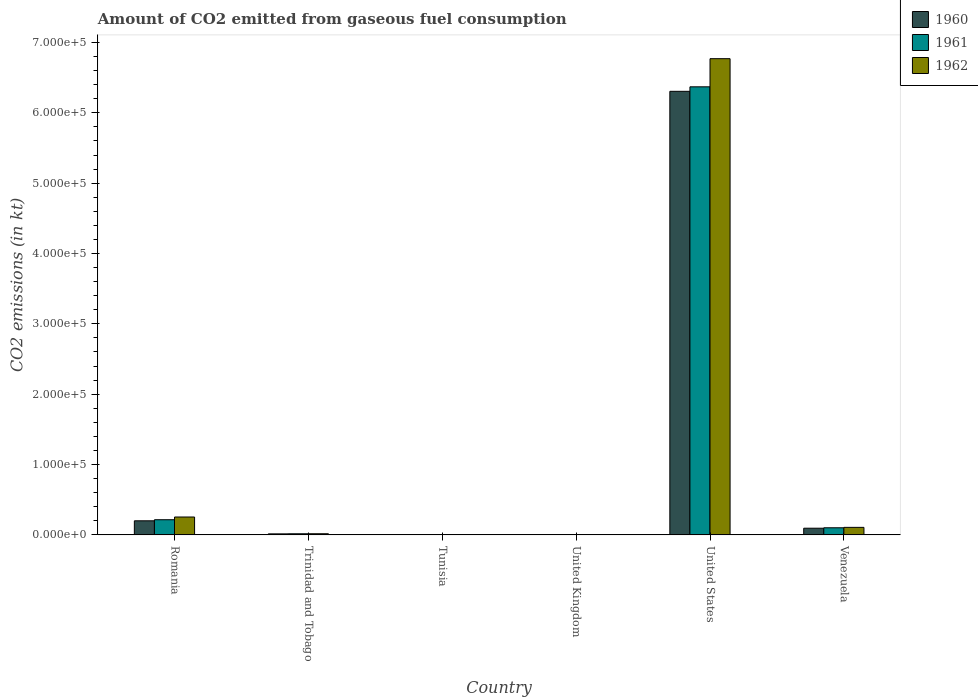
| Country | 1960 | 1961 | 1962 |
 | --- | --- | --- | --- |
 | Romania | 2e+04 | 2.16e+04 | 2.54e+04 |
 | Trinidad and Tobago | 1.47e+03 | 1.6e+03 | 1.63e+03 |
 | Tunisia | 14.7 | 14.7 | 14.7 |
 | United Kingdom | 150 | 150 | 216 |
 | United States | 6.31e+05 | 6.37e+05 | 6.77e+05 |
 | Venezuela | 9.51e+03 | 1.01e+04 | 1.07e+04 |